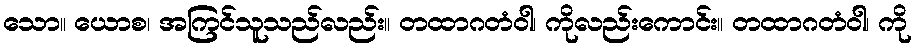
သော။ ယောစ၊ အကြင်သူသည်လည်း။ တထာဂတံဝါ၊ ကိုလည်းကောင်း။ တထာဂတံဝါ၊ ကို